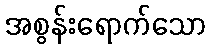
အစွန်းရောက်သော